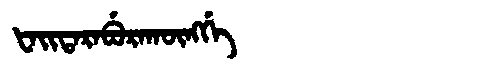
Manchu: ᡶᠠᡳᡨᠠᡵᠠᠪᡠᡵᠠᡴᡡᠩᡤᡝ
Romanization: FAITARABURAKŪNGGE